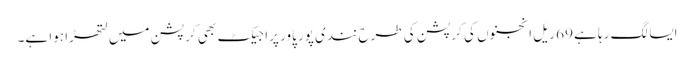
ایسا لگ رہا ہے 69 ریل انجنوں کی کرپشن کی طرح نندی پور پاور پراجیکٹ بھی کرپشن میں لتھڑا ہوا ہے۔